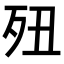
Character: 𣧊